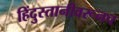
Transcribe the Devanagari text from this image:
हिंदुस्तानीवरूनच